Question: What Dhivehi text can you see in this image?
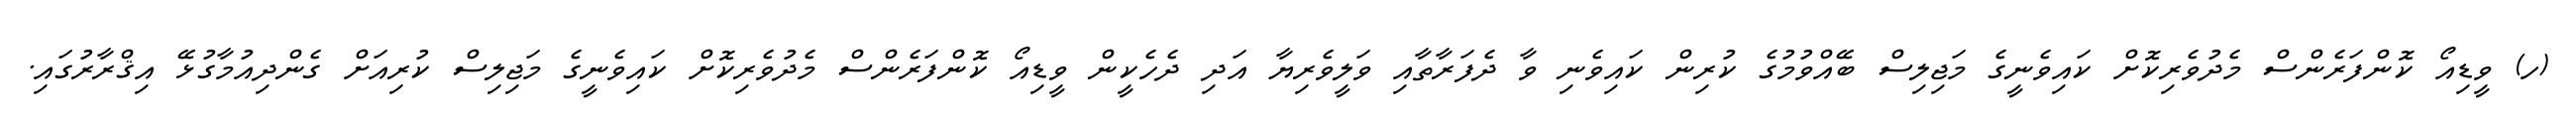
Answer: (ހ) ވީޑިއޯ ކޮންފަރެންސް މެދުވެރިކޮށް ކައިވެނީގެ މަޖިލިސް ބޭއްވުމުގެ ކުރިން ކައިވެނި ވާ ދެފަރާތާއި ވަލީވެރިޔާ އަދި ދެހެކީން ވީޑިއޯ ކޮންފަރެންސް މެދުވެރިކޮށް ކައިވެނީގެ މަޖިލިސް ކުރިއަށް ގެންދިއުމާގުޅޭ އިޤްރާރުގައި.